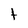
Character: t